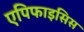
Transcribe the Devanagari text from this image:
एपिफाइसिस